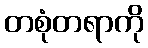
တစုံတရာကို